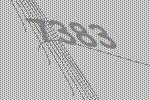
7383